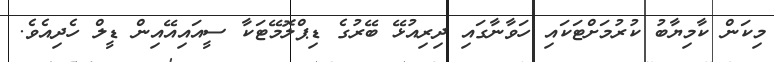
މިކަން ކާމިޔާބު ކުރުމަށްޓަކައި ހަވާނާގައި ދިރިއުޅޭ ބޭރުގެ ޑިޕްލޮމޭޓަކާ ސީއައިއޭއިން ޑީލް ހެދިއެވެ.